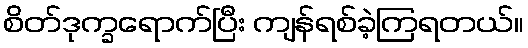
စိတ်ဒုက္ခရောက်ပြီး ကျန်ရစ်ခဲ့ကြရတယ်။